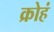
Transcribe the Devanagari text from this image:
क्रोहं